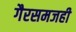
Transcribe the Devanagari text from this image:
गैरसमजही